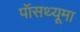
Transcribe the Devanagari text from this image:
पॉसथ्यूमा